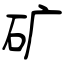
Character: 矿